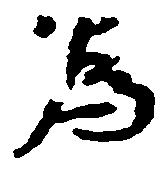
為